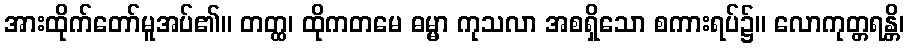
အားထိုက်တော်မူအပ်၏။ တတ္ထ၊ ထိုကတမေ ဓမ္မာ ကုသလာ အစရှိသော စကားရပ်၌။ လောကုတ္တရန္တိ၊